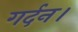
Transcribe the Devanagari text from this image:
गर्दन।